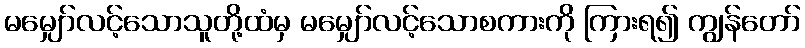
မမျှော်လင့်သောသူတို့ထံမှ မမျှော်လင့်သောစကားကို ကြားရ၍ ကျွန်တော်